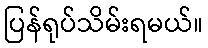
ပြန်ရုပ်သိမ်းရမယ်။